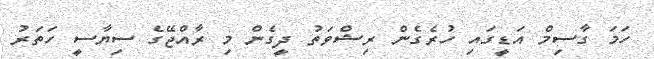
ހަމަ ގާސިމް އަޑީގައި ހުރެގެން ރިޝްވަތު ދީގެން މި ރާއްޖޭގެ ސިޔާސީ ހަތަރު